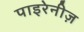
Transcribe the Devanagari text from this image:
पाइरेनीज़